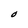
Character: O